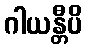
ဂါယန္တီပိ